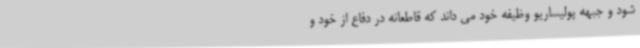
شود و جبهه پولیساریو وظیفه خود می داند که قاطعانه در دفاع از خود و